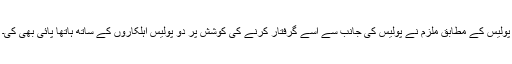
پولیس کے مطابق ملزم نے پولیس کی جانب سے اُسے گرفتار کرنے کی کوشش پر دو پولیس اہلکاروں کے ساتھ ہاتھا پائی بھی کی۔